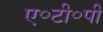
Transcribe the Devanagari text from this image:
ए॰टी॰पी